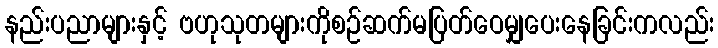
နည်းပညာများနှင့် ဗဟုသုတများကိုစဉ်ဆက်မပြတ်ဝေမျှပေးနေခြင်းကလည်း